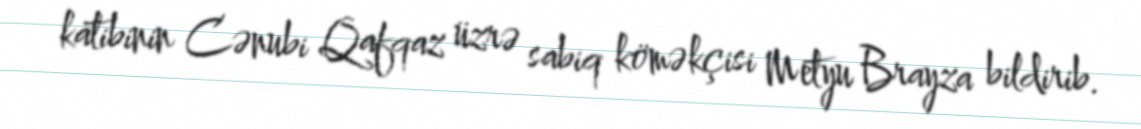
katibinin Cənubi Qafqaz üzrə sabiq köməkçisi Metyu Brayza bildirib.